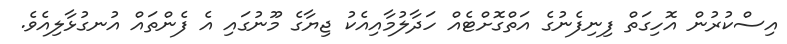
އިސްކުރުން އޮހިގަތް ފިނިފެނުގެ އަތްގޮށްޓެއް ހަދާލުމާއިއެކު ޖިޔާގެ މޫނުގައި އެ ފެންތައް އުނގުޅާލިއެވެ.